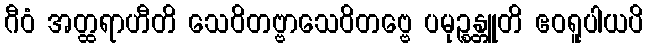
ဂီဝံ အတ္ထရာဟီတိ သေဝိတဗ္ဗာသေဝိတဗ္ဗေ ပမုဉ္စန္တူတိ ဧဝရူပါယပိ